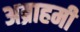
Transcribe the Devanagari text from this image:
अब्राहमी